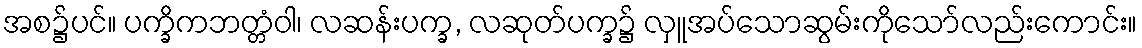
အစ၌ပင်။ ပက္ခိကဘတ္တံဝါ၊ လဆန်းပက္ခ, လဆုတ်ပက္ခ၌ လှူအပ်သောဆွမ်းကိုသော်လည်းကောင်း။